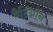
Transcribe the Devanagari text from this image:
मैटिग्नॉन